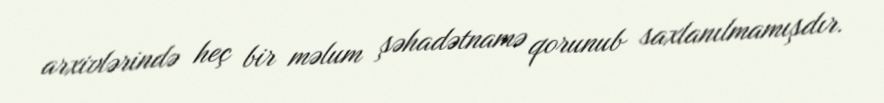
arxivlərində heç bir məlum şəhadətnamə qorunub saxlanılmamışdır.